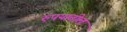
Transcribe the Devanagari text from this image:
रुपयातील